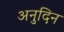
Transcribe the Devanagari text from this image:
अनुदिन